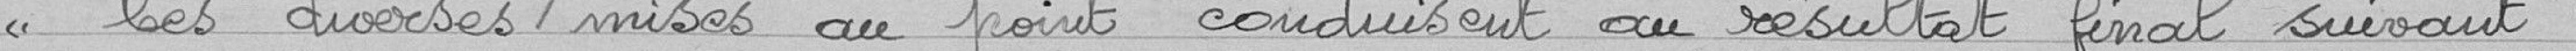
"Les diverses mises au point conduisent au résultat final suivant :